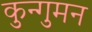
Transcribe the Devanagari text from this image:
कुन्गुमन